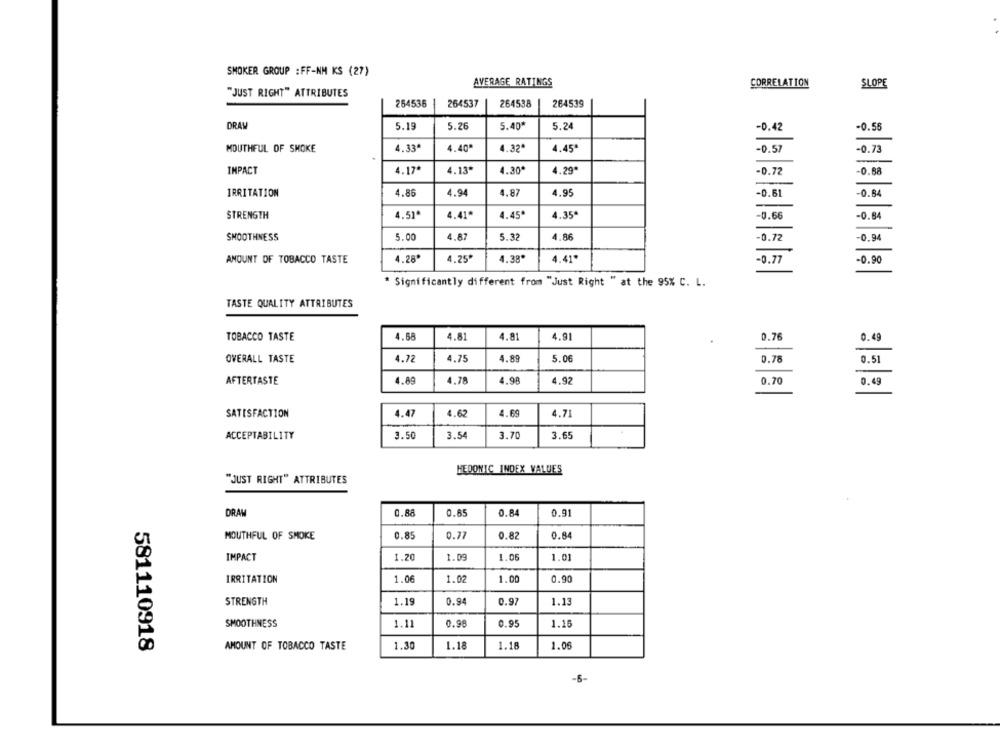
SMOKER GROUP : FF-NM KS (27)
AVERAGE RATINGS
CORRELATION
SLOPE
"JUST RIGHT" ATTRIBUTES
254536
264537
264538
264539
DRAW
5.19
5.26
5.40*
5.24
-0.42
-0.56
MOUTHFUL OF SMOKE
4.33ª
4.40"
4.32ª
4.45ª
-0.57
-0.73
IMPACT
4.17*
4.13*
4.30*
4.29*
-0.72
-0.88
IRRITATION
4.86
4.94
4.87
4.95
-0.61
-0.64
STRENGTH
4.51*
4.41*
4.45*
4.35ª
-0.66
-0.84
SMOOTHNESS
5.00
4.87
5.32
4.86
-0.72
-0.94
AMOUNT OF TOBACCO TASTE
4.28*
4.25*
4.38*
4.41*
-0.77
-0.90
* Significantly different from "Just Right " at the 95% C. L.
TASTE QUALITY ATTRIBUTES
TOBACCO TASTE
4.58
4.81
4.81
4.91
0.76
0.49
OVERALL TASTE
4.72
4.75
4.89
5.06
0.78
0.51
AFTERTASTE
4.89
4.78
4.98
4.92
0.70
0.49
SATISFACTION
4.62
4.69
4.47
4.71
ACCEPTABILITY
3.50
3.54
3.70
3.65
HEDONIC_INDEX VALUES
"JUST RIGHT" ATTRIBUTES
DRAW
0.88
0.65
0.84
0.91
MOUTHFUL OF SMOKE
0.85
0.77
0.82
0.84
1.20
1.05
IMPACT
1.09
1.01
1.00
0.90
IRRITATION
1.06
1.02
STRENGTH
1.19
0.94
0.97
1.13
SMOOTHNESS
1.11
0.98
0.95
1.16
AMOUNT OF TOBACCO TASTE
1.30
1.18
1.18
1.06
581110918
-6-